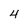
Character: 4